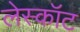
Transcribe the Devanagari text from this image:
लेस्कॉट